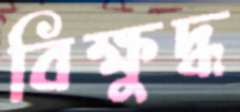
বিক্ষুদ্ধ